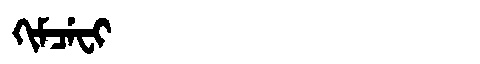
Manchu: ᡴᡳᠮᠴᡝᠸᡳ
Romanization: KIMCEFI